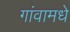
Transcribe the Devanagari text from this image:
गांवामधे